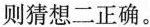
则猜想二正确。